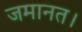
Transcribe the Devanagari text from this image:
जमानत।